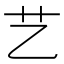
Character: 艺